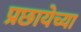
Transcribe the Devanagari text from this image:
प्रछायेच्या